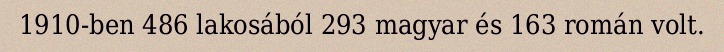
1910-ben 486 lakosából 293 magyar és 163 román volt.